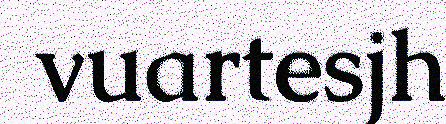
vuartesjh